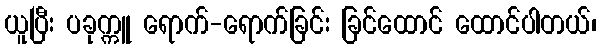
ယူပြီး ပခုက္ကူ ရောက်-ရောက်ခြင်း ခြင်ထောင် ထောင်ပါတယ်၊